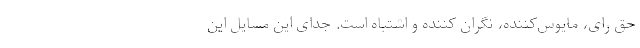
حق رای، مایوس‌کننده، نگران کننده و اشتباه است. جدای این مسایل این